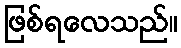
ဖြစ်ရလေသည်။